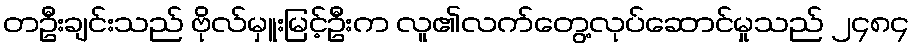
တဦးချင်းသည် ဗိုလ်မှူးမြင့်ဦးက လူ၏လက်တွေ့လုပ်ဆောင်မှုသည် ၂၄၈၄